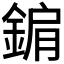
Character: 𨨔